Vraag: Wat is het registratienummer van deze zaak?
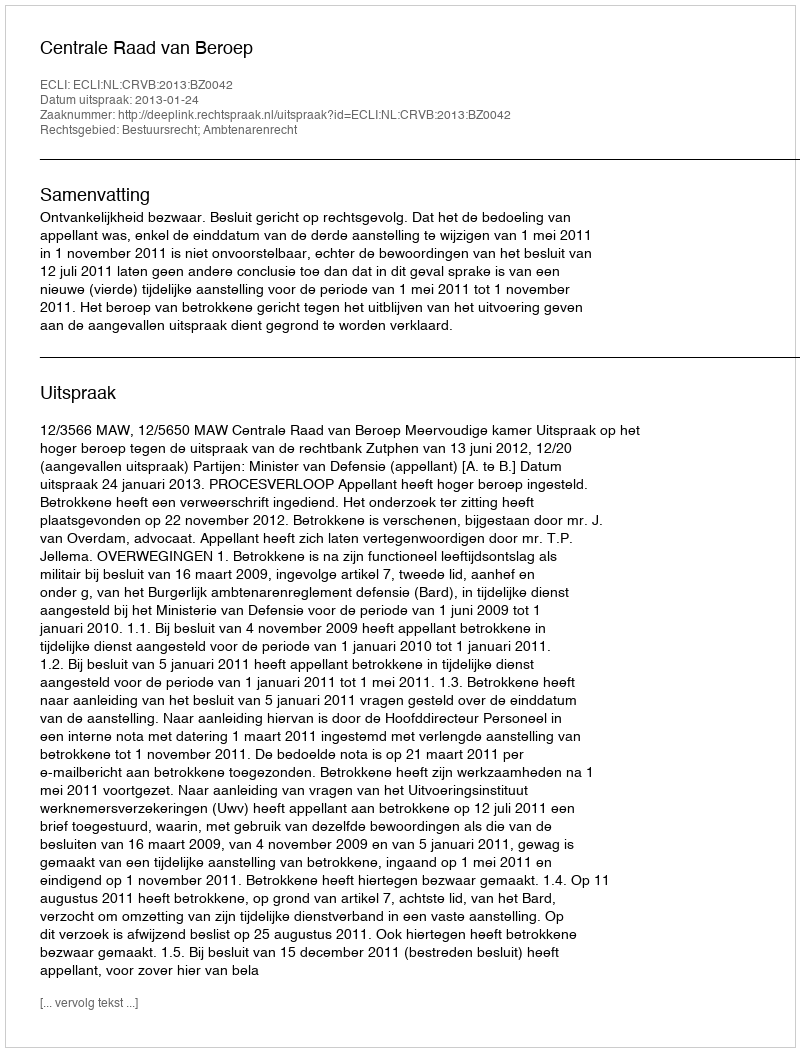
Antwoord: http://deeplink.rechtspraak.nl/uitspraak?id=ECLI:NL:CRVB:2013:BZ0042